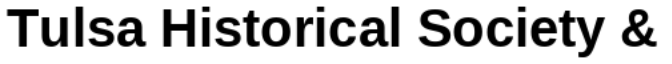
Tulsa Historical Society &